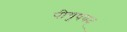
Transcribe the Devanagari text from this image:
पीयूषवद्